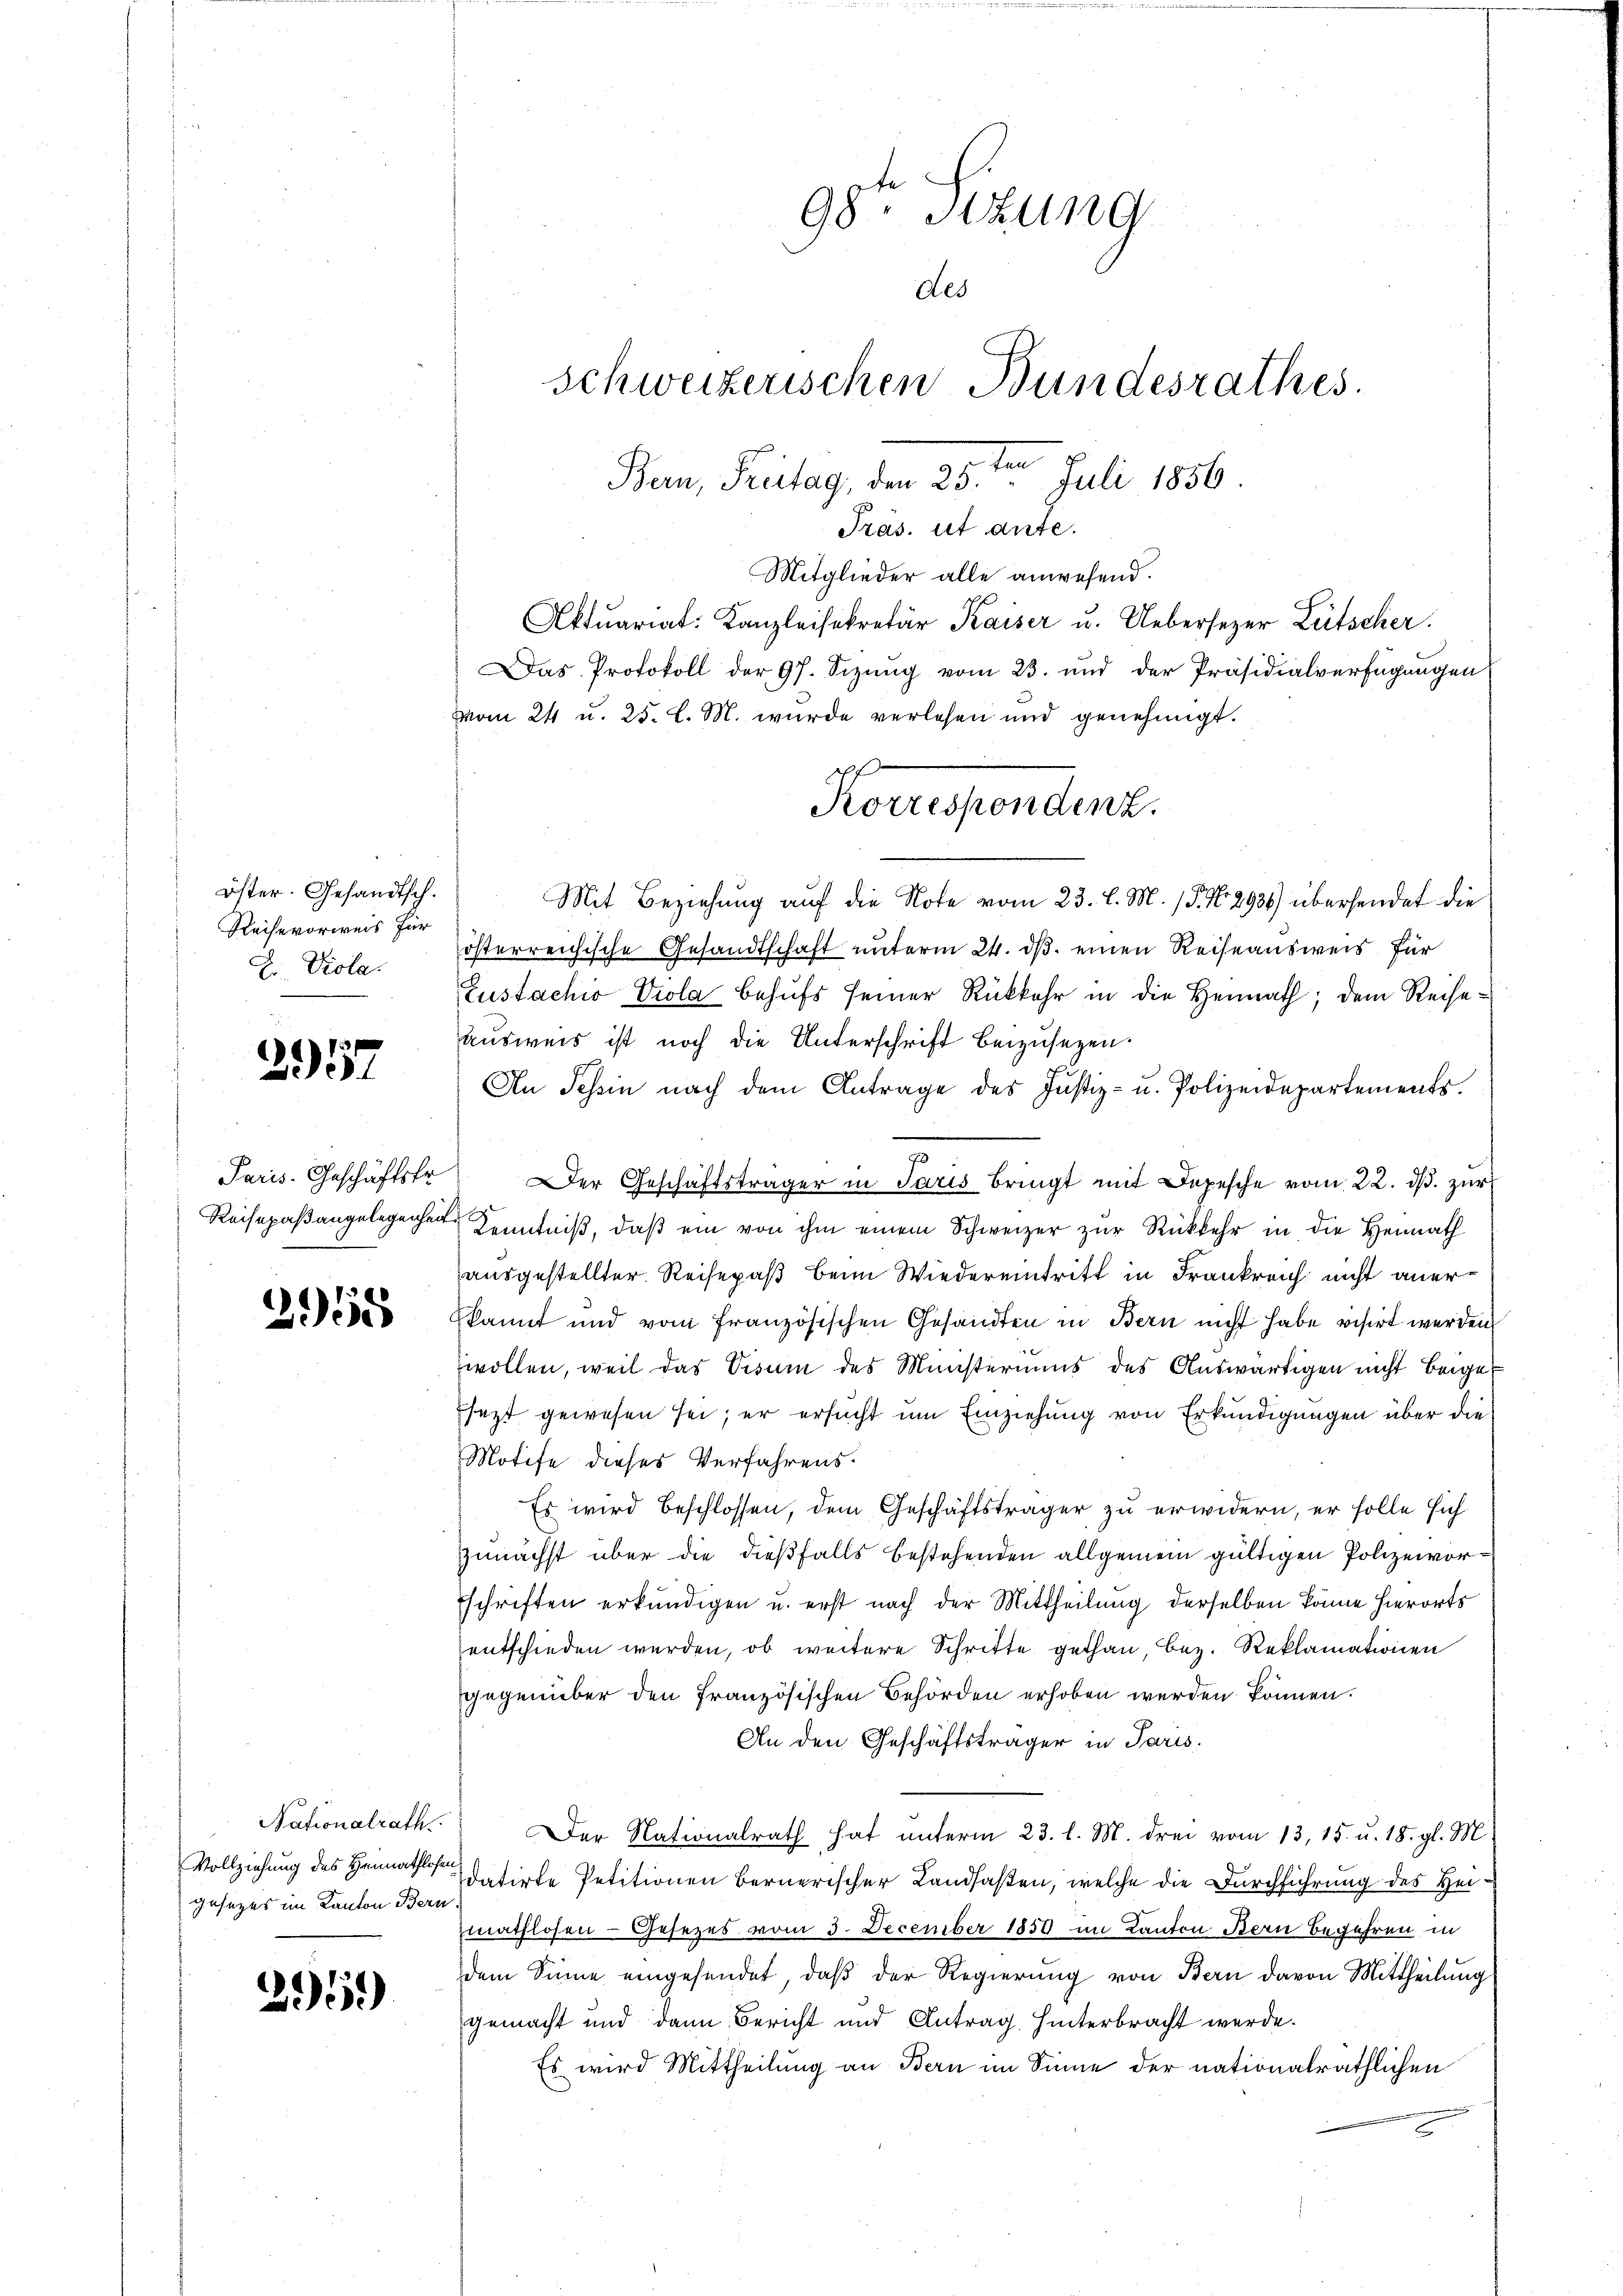
öster. Gesandtsch.
Reihevorweis für
Z. Viola.

297

2958

Nationalrath
gesezes im Kanton Bern.

296)

98. Sitzung
des
Schweizerischen Bundesrathes.
Bern, Pritag, den 25.ten Juli 1856.

Präs. ut ante.
Mitglieder alle anwesend.
Aktuariat: Kanzleisekretär Kaiser u. Uebersezer Lütscher.
Das Protokoll der 97. Sizung vom 23. und der Präsidialverfügungen
vom 24 u. 25. l. M. wurde verlesen und genehmigt.
Mit Beziehung auf die Note vom 23. d. M. 15. No. 298) übersendet die
österreichische Gesandtschaft unterm 24. ds. einen Reiseausweis für
Zustachio Viola behufs seiner Rückkehr in die Heimath; dem Reiseausweis ist noch die Unterschrift beizusetzen.
An Schein nach dem Antrage des Justiz- u. Polizeidepartements.
u
Paris. Geschäftsfr. Der Geschäftsträger in Paris bringt mit Depesche vom 22. dβ zŭr
Reisepaßangelegenen Kenntniß, daß ein von ihm einem Schweizer zur Rückkehr in die Heimath
ausgestellter Reisepaß beim Wiedereintritt in Frankreich nicht aner
kannt und vom französischen Gesandten in Bern nicht habe visirt werden,
wollen, weil das Visum des Ministeriums des Auswärtigen nicht beigejezt gewesen sei; er ersucht um Einziehung von Erkundigungen über die
Motife dieses Verfahrens.
Es wird beschlossen, dem Geschäftsträger zu erwidern, er solle sich
zunächst über die dießfalls bestehenden allgemein gültigen Polizeivorschriften erkundigen u. erst nach der Mittheilung derselben könne hierorts
entschieden werden, ob weitere Schritte gethan, bez. Reklamationen
gegenüber den Französischen Behörden erhoben werden können.
An den Geschäftsträger in Paris.
Der Nationalrath hat unterm 23. l. M. drei vom 13. 15. u. 18. gl. M.
Vollziehung des Heimathe datirte Petitionen bernerischer Landfaßen, welche die Durchführung des Heimathlosen - Gesezes vom 5. December 1850 im Kanton Bern Begehren in
dem Sinne eingesendet, daß der Regierung von Bern davon Mittheilung
gemacht und dann Bericht und Antrag hinterbracht werde.
Es wird Mittheilung an Bern im Sinne der nationalräthlichen

Korrespondenz.